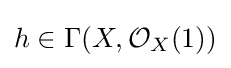
h\in \Gamma (X,{\mathcal {O}}_{X}(1))